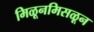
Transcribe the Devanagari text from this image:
मिळूनमिसळून